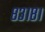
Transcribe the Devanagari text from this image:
८३१८१